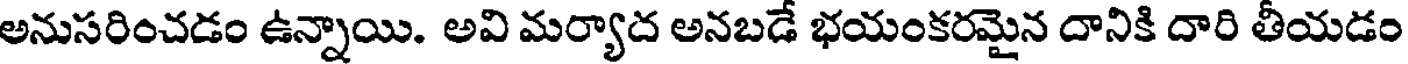
అనుసరించడం ఉన్నాయి. అవి మర్యాద అనబడే భయంకరమైన దానికి దారి తీయడం